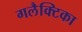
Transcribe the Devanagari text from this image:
गलैक्टिका